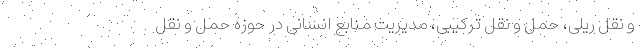
و نقل ریلی، حمل و نقل ترکیبی، مدیریت منابع انسانی در حوزه حمل و نقل